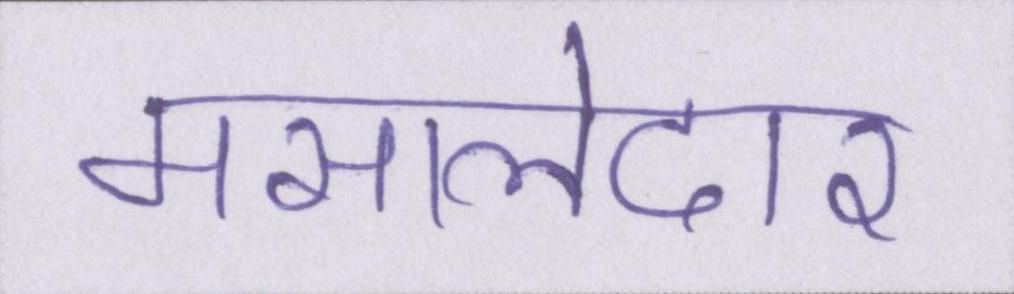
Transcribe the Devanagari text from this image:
मसालेदार